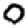
Digit: 0